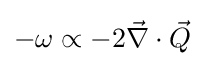
-\omega \propto -2{\vec {\nabla }}\cdot {\vec {Q}}